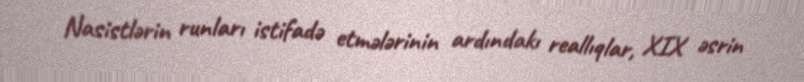
Nasistlərin runları istifadə etmələrinin ardındakı reallıqlar, XIX əsrin